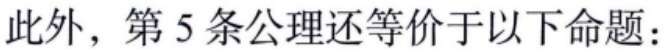
此外，第 5 条公理还等价于以下命题：